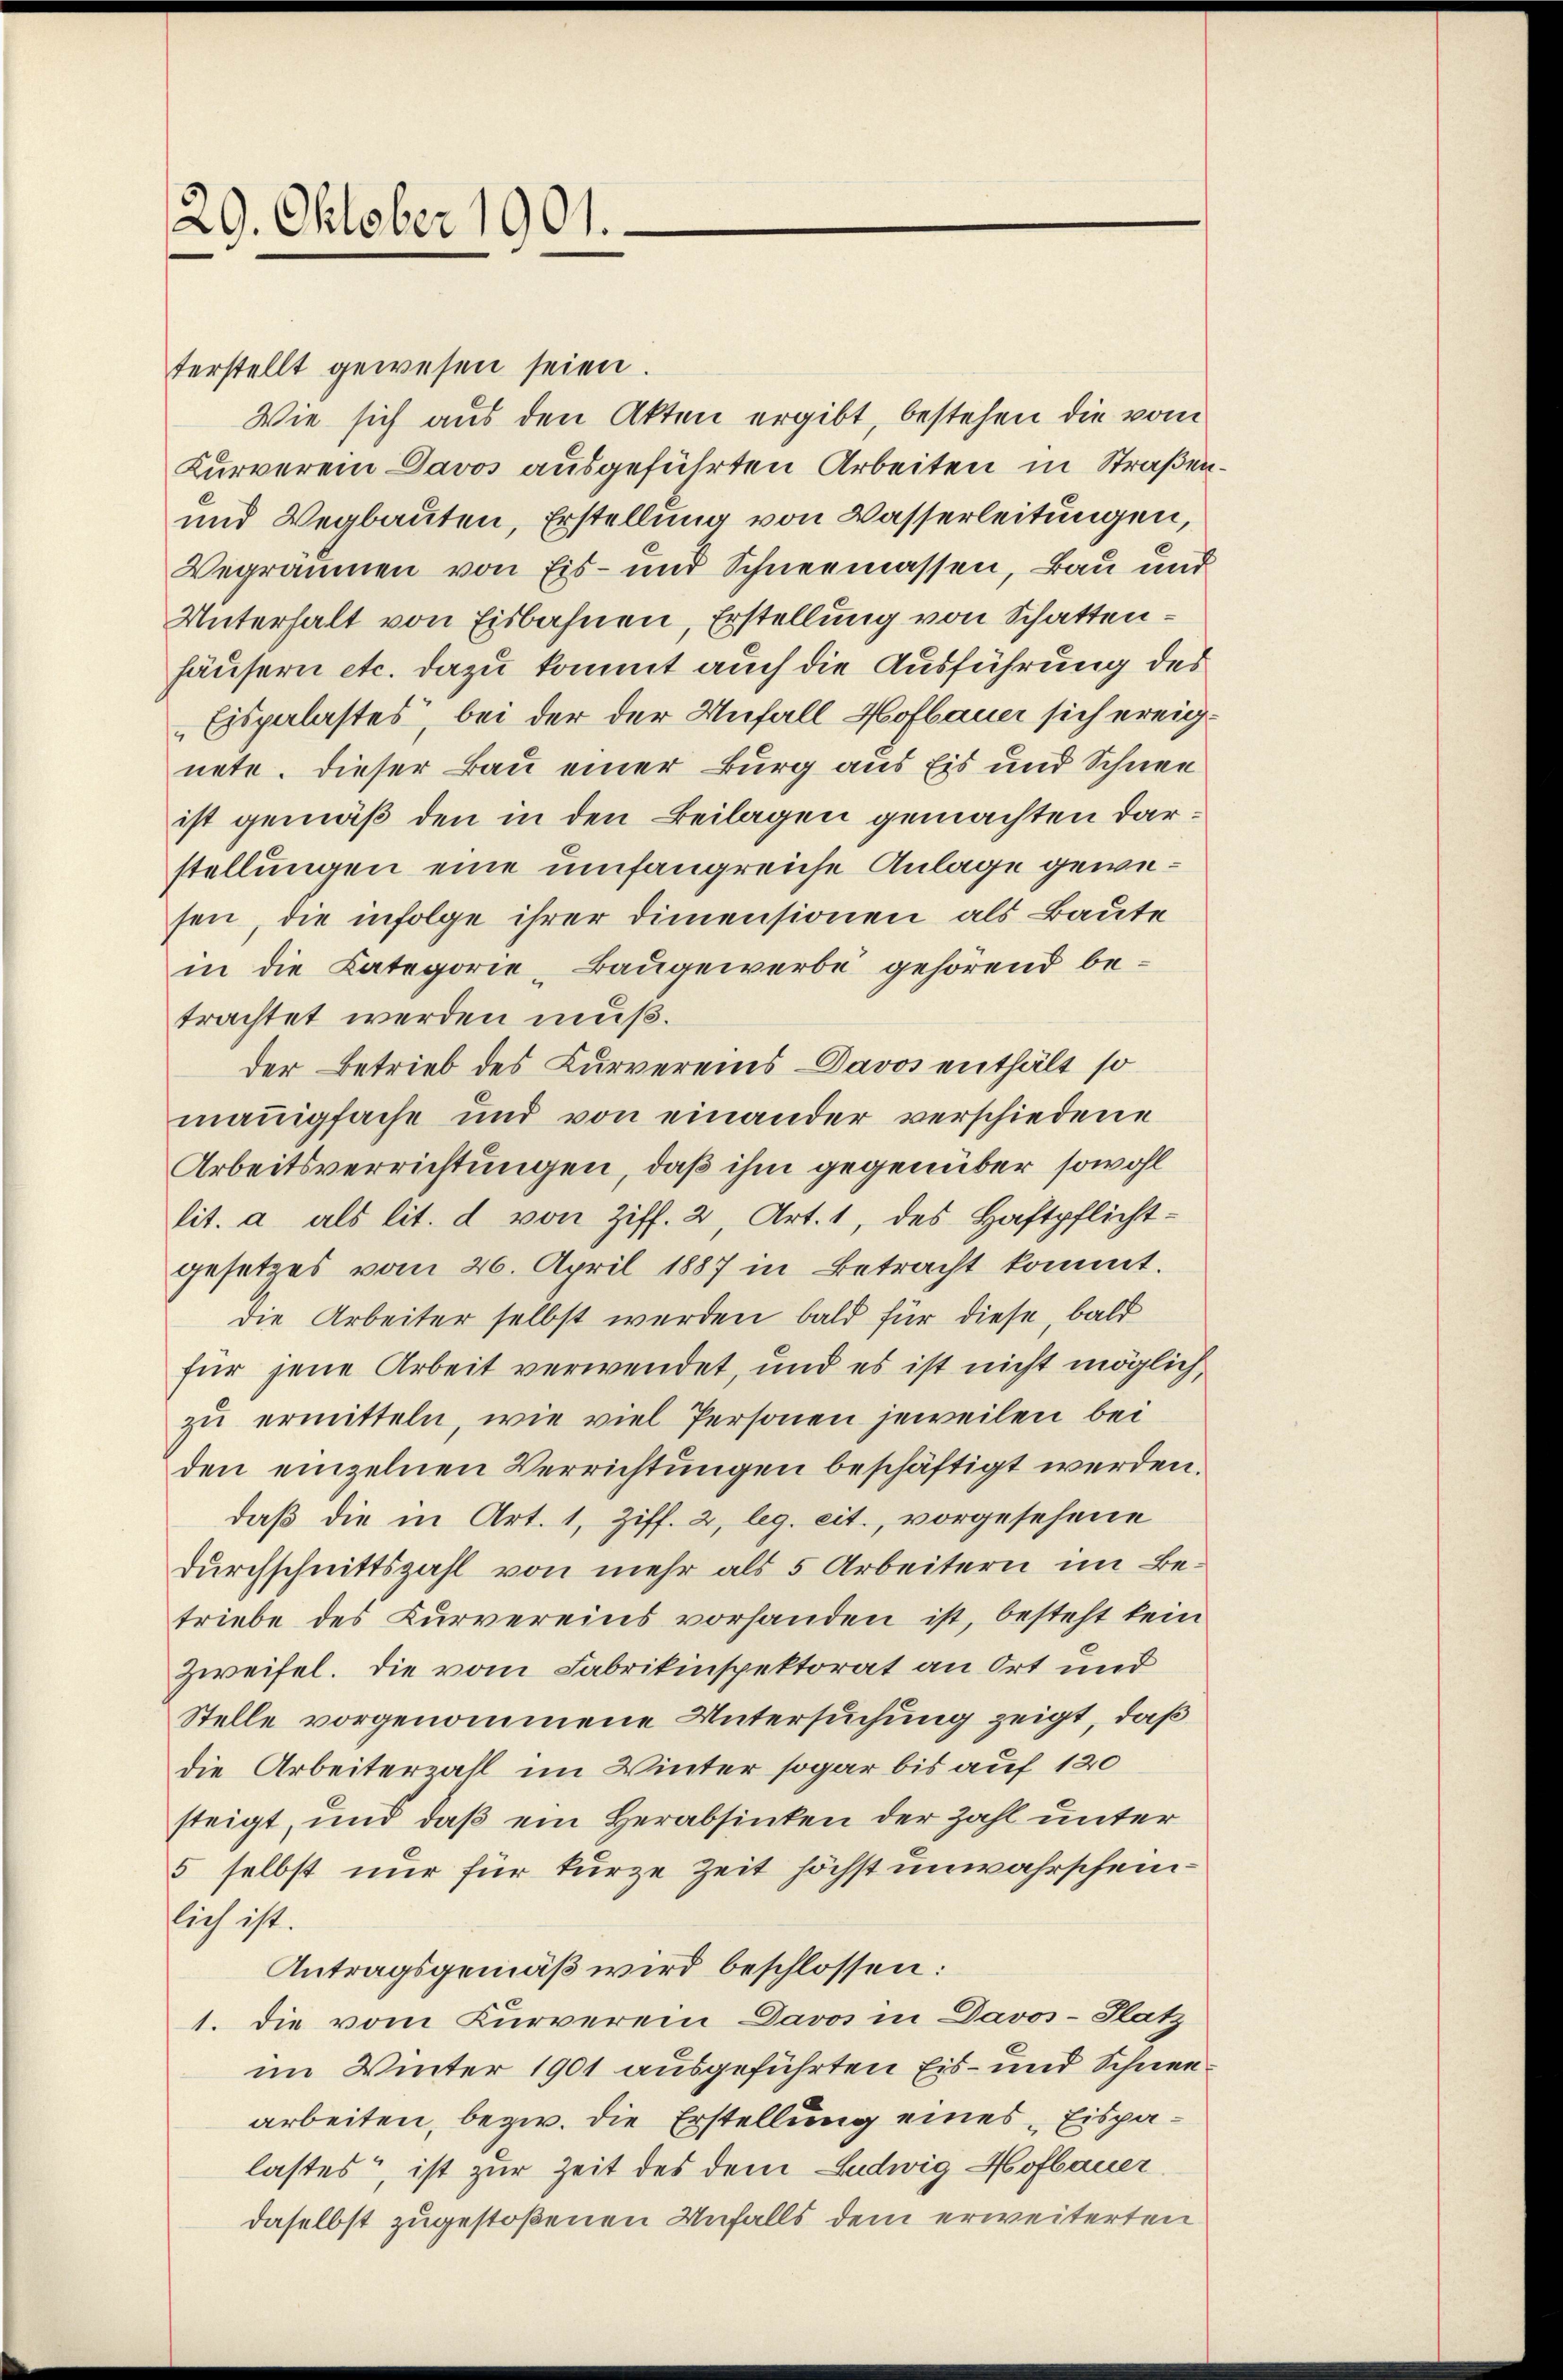
29. Oktober 1901.

terstellt gewesen seien.
Wie sich aus den Akten ergibt, bestehen die vom
Kurverein Davos ausgeführten Arbeiten in Straßen.
und Wegbauten, Erstellung von Wasserleitungen,
Vegräumen von Eis- und Schneemassen, Bau und
Unterhalt von Eisbahnen, Erstellung von Schattenhäusern etc. dazu kommt auch die Ausführung des
Eispalastes, bei der der Unfall Hofbauer sich ereignete. Dieser Bau einer Burg aus Eis und Schneeist gemäß den in den Beilagen gemachten darstellungen eine umfangreiche Anlage gewesen, die infolge ihrer Dimensionen als Baute
in die Kategorie Baugewerbe gehörend betrachtet werden muß.
der Betrieb des Kurvereins Davos enthält so
manigfache und von einander verschiedene
Arbeitsverrichtungen, daß ihm gegenüber sowohl
lit. a als lit. d von Ziff. 2, Art. 1, des Haftpflicht-
gesetzes vom 26. April 1887 in Betracht kommt.
die Arbeiter selbst werden bald für diese, bald
für jene Arbeit verwendet, und es ist nicht möglich,
zu ermitteln, wie viel Personen jeweilen bei
den einzelnen Verrichtungen beschäftigt werden.
daß die in Art. 1, Ziff. 2, leg. cit., vorgesehene
Durchschnittszahl von mehr als 5 Arbeitern im Betriebe des Kurvereins vorhanden ist, besteht kein
Zweifel. Die vom Fabrikinspektorat an Ort und
Stelle vorgenommene Untersuchung zeigt, daß
die Arbeiterzahl im Winter sogar bis auf 120
steigt, und daß ein Herabsinken der Zahl unter
5 selbst nur für kurze Zeit höchst unwahrscheinlich ist.
Antragsgemäß wird beschlossen:
1. Die vom Kurverein Davos in Davos- Platz
im Winter 1901 ausgeführten Eis- und Schneearbeiten, bezw. die Erstellung eines „Eispalastes“, ist zur Zeit des dem Ludwig Hofbauer
daselbst zugestoßenen Unfalls dem erweiterten